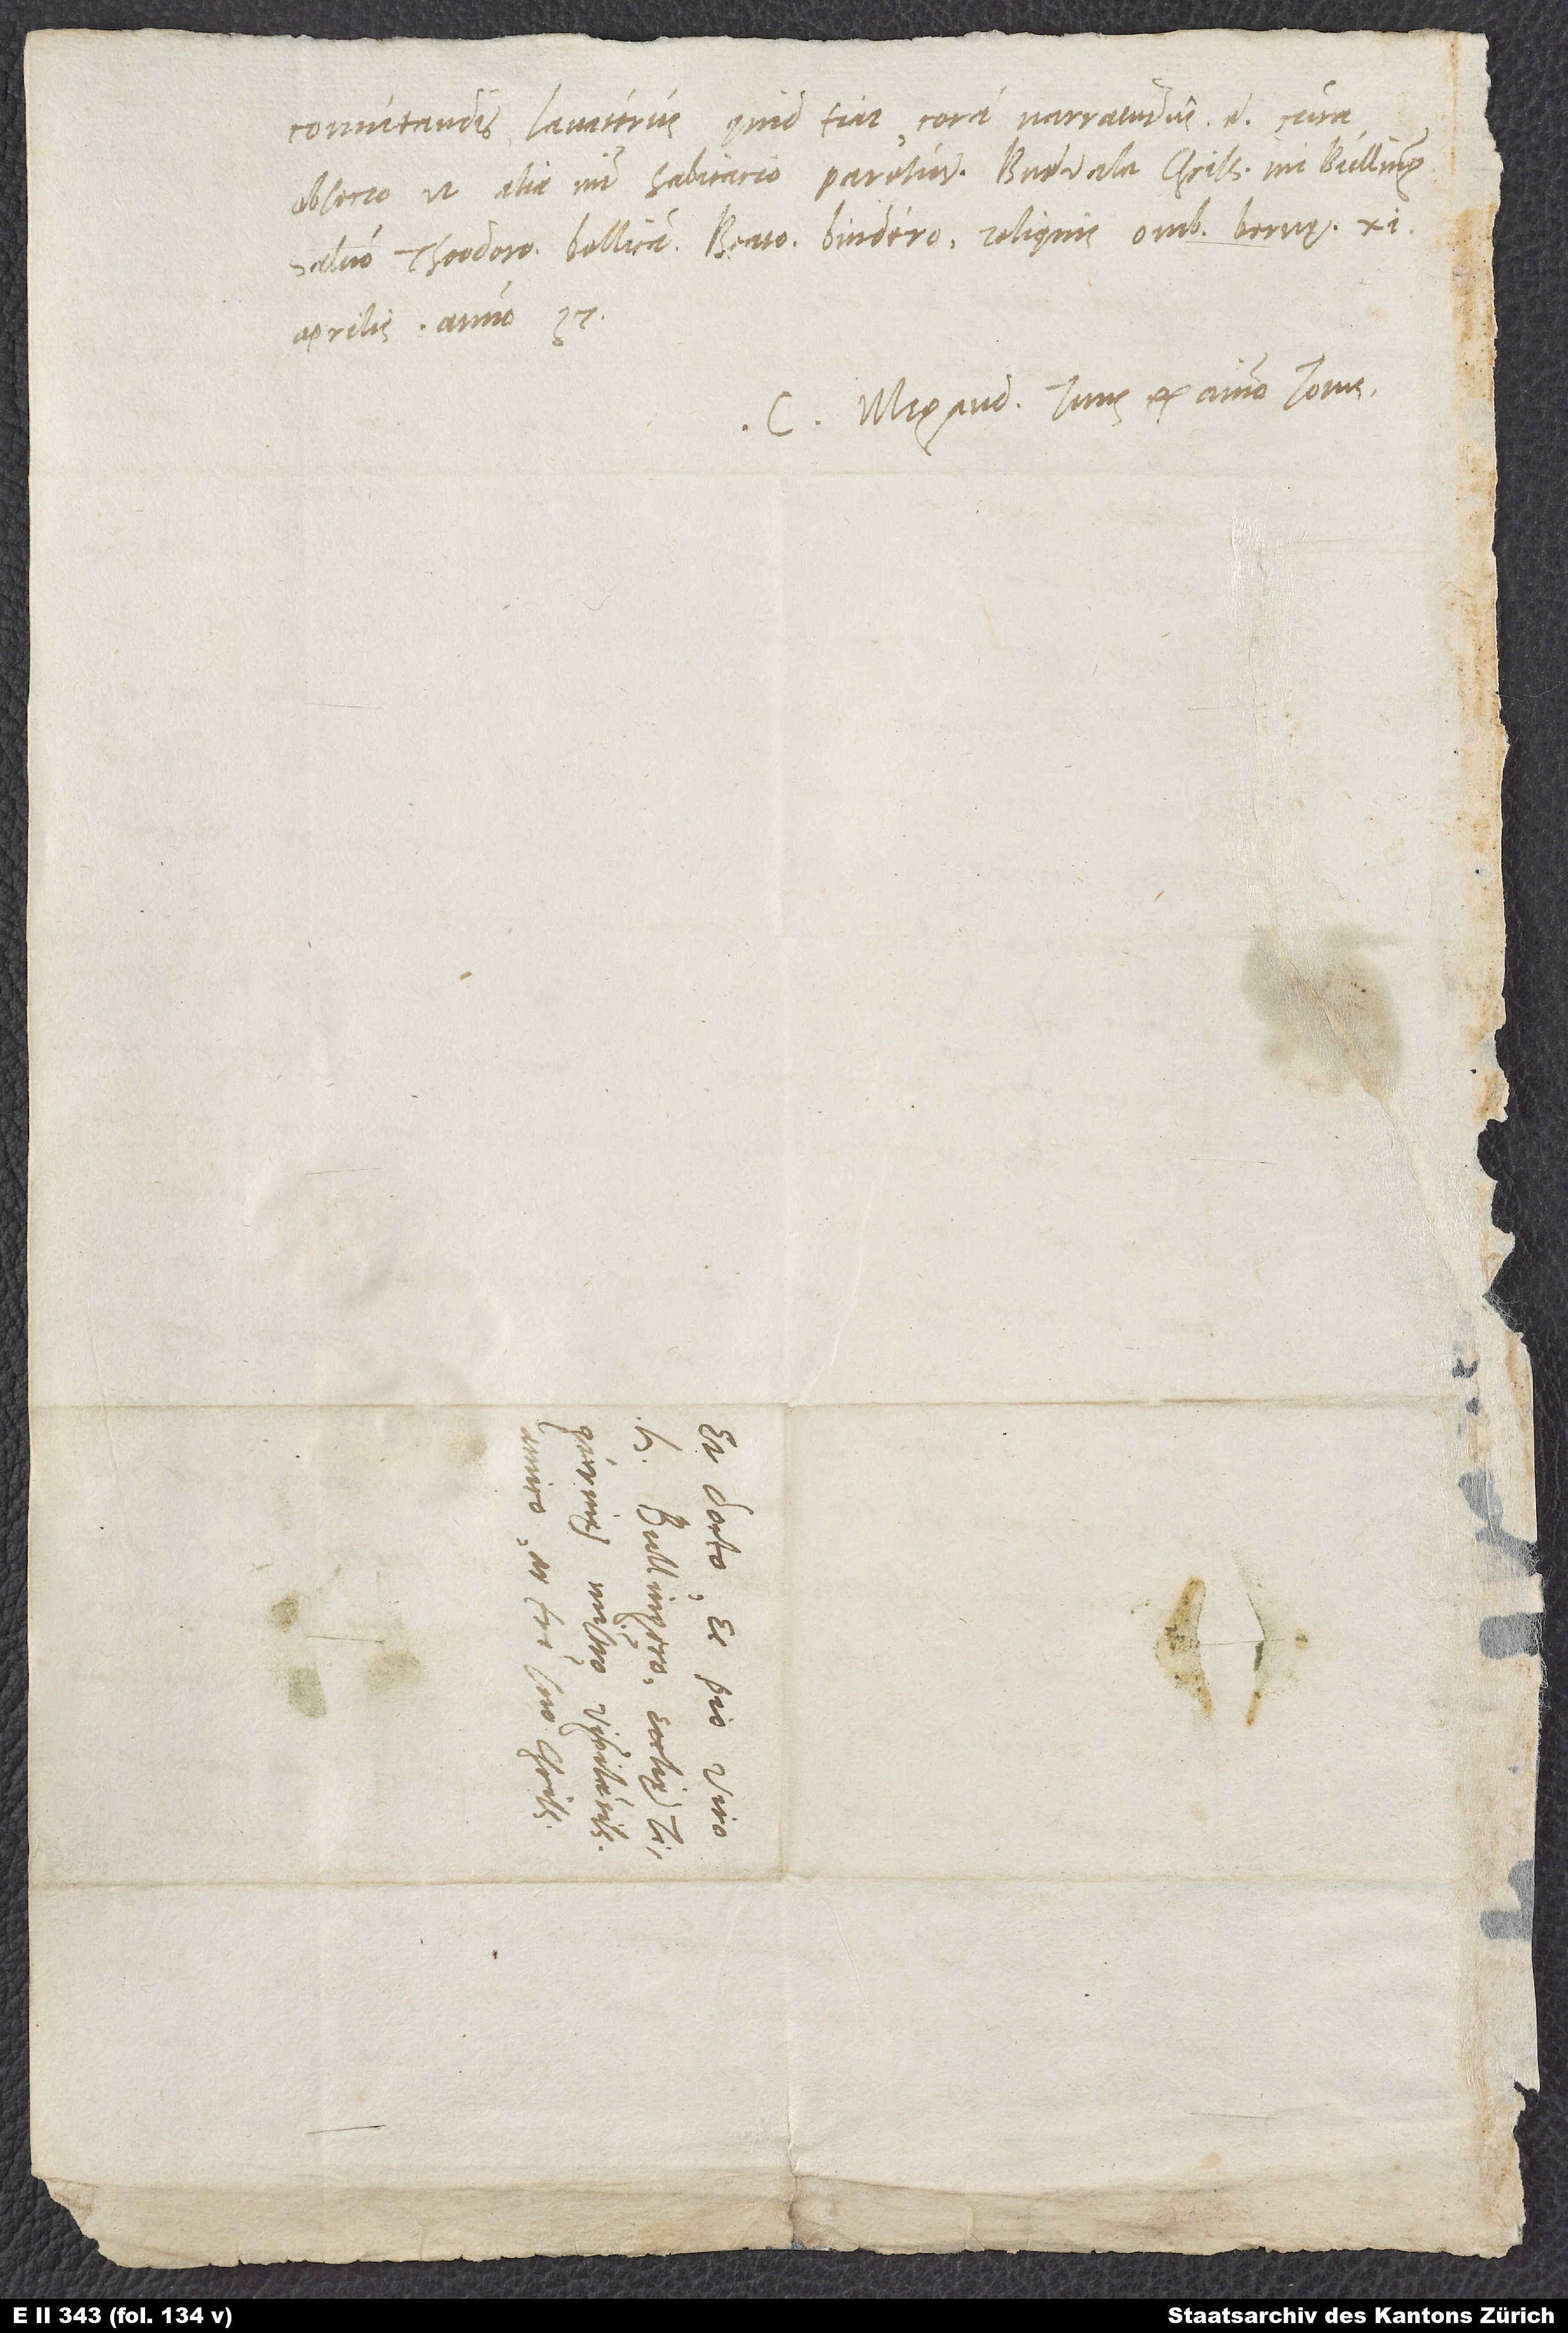
comutandis Lavaterus quid fiat coram narraturus est. Cura,
obsecro, ut alia mihi habitacio paretur. Bene vale, charissime mi Bullingere,
salvo Theodoro, Bellicano, Beato, Bindero, reliquis omnibus. Bernę, 11.
aprilis anno 37.
C. Megand. tuus ex animo totus.